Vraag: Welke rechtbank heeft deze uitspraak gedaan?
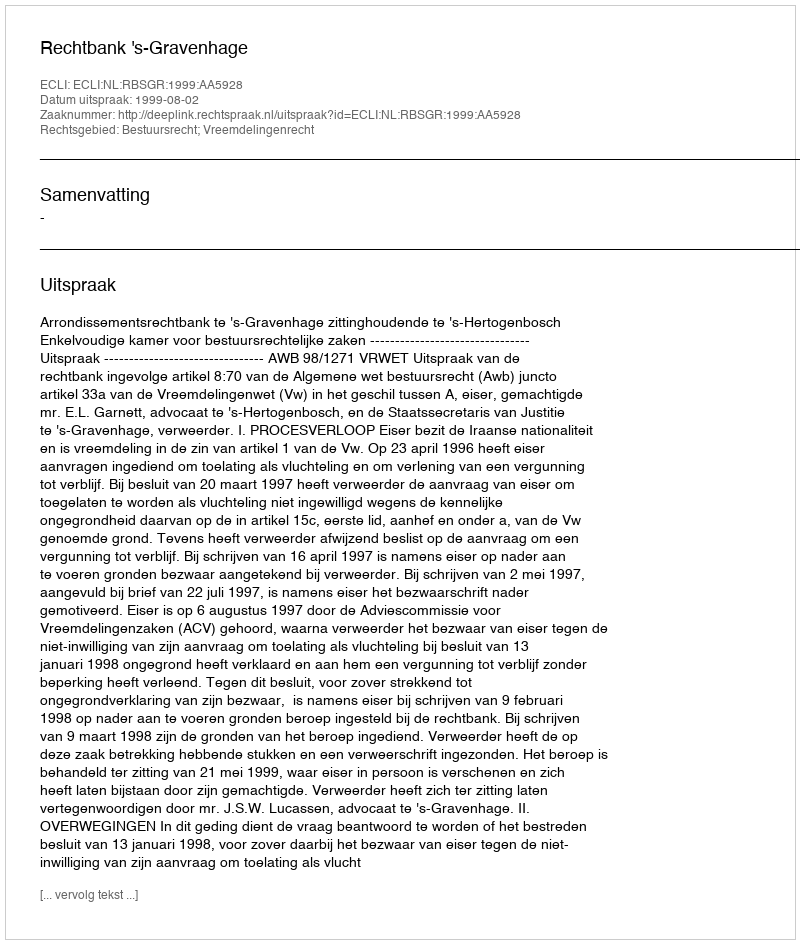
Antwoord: Rechtbank 's-Gravenhage